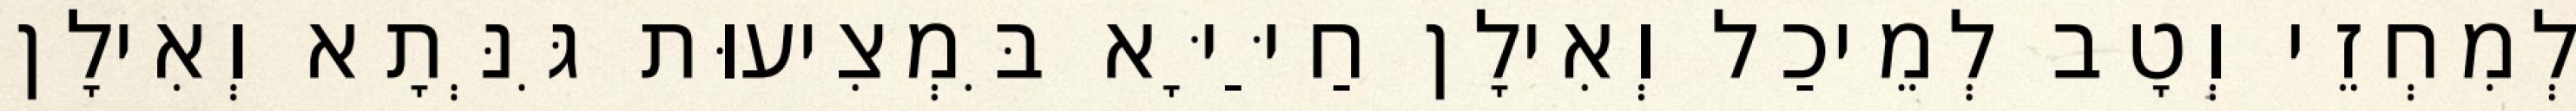
לְמִחְזֵי וְטָב לְמֵיכַל וְאִילָן חַיַּיָּא בִּמְצִיעוּת גִּנְּתָא וְאִילָן